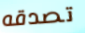
تصدقه